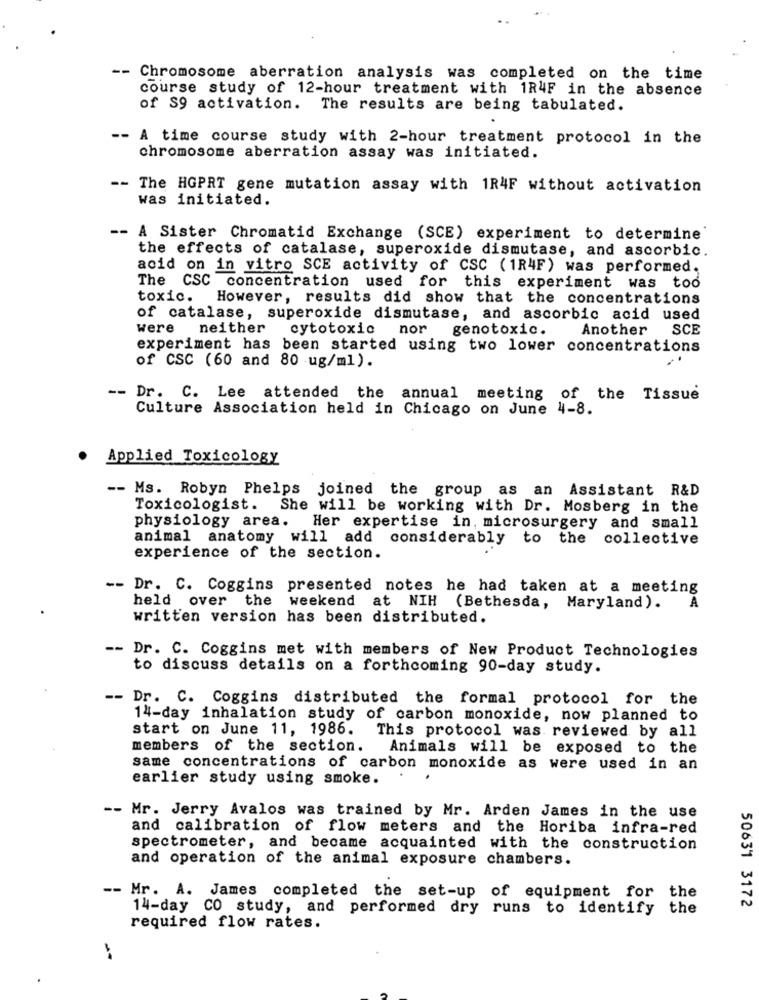
-- Chromosome aberration analysis was completed on the time
course study of 12-hour treatment with 1R4F in the absence
of S9 activation. The results are being tabulated.
-- A time course study with 2-hour treatment protocol in the
chromosome aberration assay was initiated.
-- The HGPRT gene mutation assay with 1R4F without activation
was initiated.
-- A Sister Chromatid Exchange (SCE) experiment to determine
the effects of catalase, superoxide dismutase, and ascorbic.
acid on in vitro SCE activity of CSC (1R4F) was performed.
The CSC concentration used for this experiment was too
toxic. However, results did show that the concentrations
of catalase, superoxide dismutase, and ascorbic acid used
were
neither
cytotoxic
nor
genotoxic.
Another
SCE
experiment has been started using two lower concentrations
of CSC (60 and 80 ug/ml).
-- Dr. C. Lee attended the annual meeting of the Tissue
Culture Association held in Chicago on June 4-8.
Applied Toxicology
-- Ms. Robyn Phelps joined the group as an Assistant R&D
Toxicologist.
She will be working with Dr. Mosberg in the
physiology area. Her expertise in, microsurgery and small
animal anatomy will add considerably to the collective
experience of the section.
-- Dr. C. Coggins presented notes he had taken at a meeting
held over the weekend at NIH (Bethesda, Maryland).
A
written version has been distributed.
-- Dr. C. Coggins met with members of New Product Technologies
to discuss details on a forthcoming 90-day study.
-- Dr. C. Coggins distributed the formal protocol for the
14-day inhalation study of carbon monoxide, now planned to
start on June 11, 1986.
This protocol was reviewed by all
members of the section.
Animals will be exposed to the
same concentrations of carbon monoxide as were used in an
earlier study using smoke.
-- Mr. Jerry Avalos was trained by Mr. Arden James in the use
and calibration of flow meters and the Horiba infra-red
spectrometer, and became acquainted with the construction
and operation of the animal exposure chambers.
-- Mr. A. James completed the set-up of equipment for the
14-day CO study, and performed dry runs to identify the
50631 3172
required flow rates.